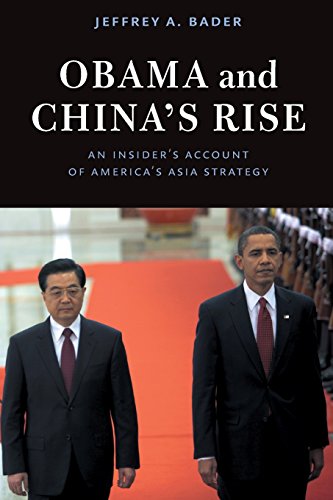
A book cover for Obama and China's Rise: An Insider's Account of America's Asia Strategy; Jeffrey A. Bader; Biographies & Memoirs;